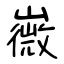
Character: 嶶